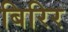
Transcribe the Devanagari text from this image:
बिरिर